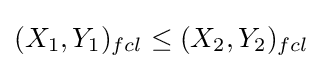
(X_{1},Y_{1})_{fcl}\leq (X_{2},Y_{2})_{fcl}